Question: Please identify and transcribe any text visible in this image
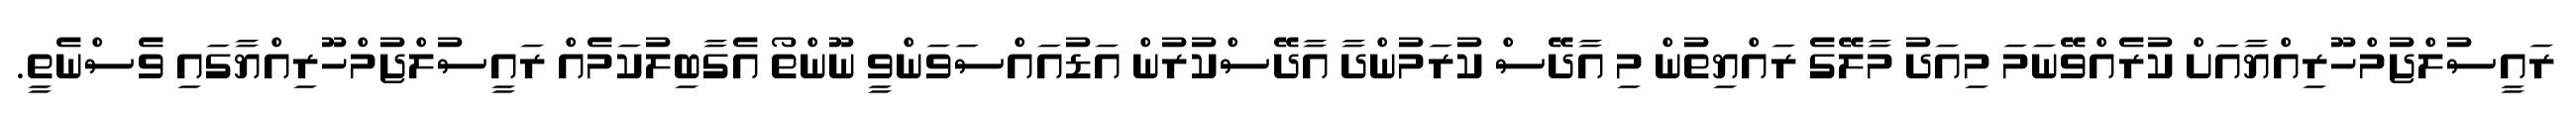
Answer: ރައީސުލްޖުމްހޫރިއްޔާއަށް ކުރެއްވޭނަމަ މިއަދު މާލޭގެ ރައްޔިތުން މި އާދޭސް ކުރަމުންދާ އާދޭސްކުރުން އަޑުއައްސަވަންވީ ނޫންތޯ އެގާބިލުކަމެއް ރައީސުލްޖުމްހޫރިއްޔާގައި ވެސްނެތީ.